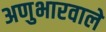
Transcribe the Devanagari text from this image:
अणुभारवाले